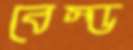
বেস্ড